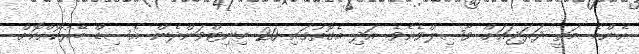
އެންމެ މަތީ ދަރަޖައަށް ވާޞިލްވެއެވެ. އަދި އެގޮތުގައި 20 މިނިޓްވަންދެން އެސިޑް ބޭރުކޮށްކޮށް